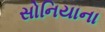
સોનિયાના